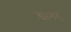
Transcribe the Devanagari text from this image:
डागर्